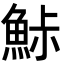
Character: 鮛